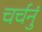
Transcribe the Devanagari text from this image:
चर्चनुं